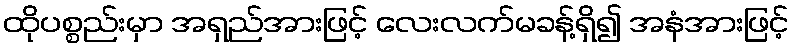
ထိုပစ္စည်းမှာ အရှည်အားဖြင့် လေးလက်မခန့်ရှိ၍ အနံအားဖြင့်